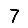
Digit: 7